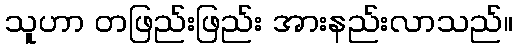
သူဟာ တဖြည်းဖြည်း အားနည်းလာသည်။